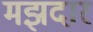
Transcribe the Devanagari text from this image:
मझदार